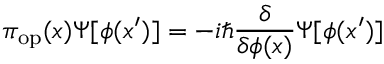
\pi _ { \mathrm { o p } } ( x ) \Psi [ \phi ( x ^ { \prime } ) ] = - i \hbar \frac { \delta } { \delta \phi ( x ) } \Psi [ \phi ( x ^ { \prime } ) ]